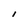
Character: I